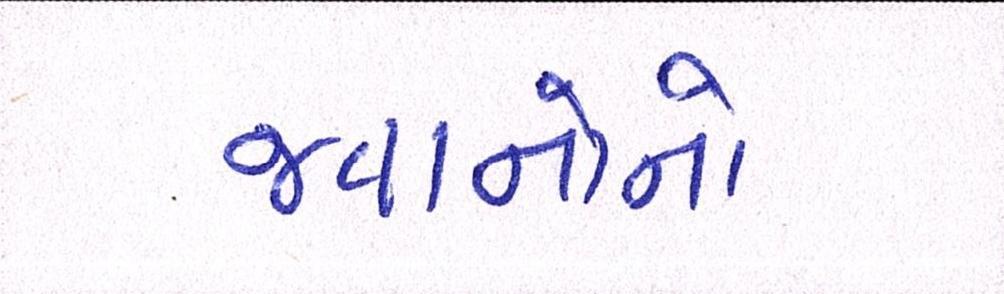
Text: જવાનોનો